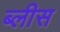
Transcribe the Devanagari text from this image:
ब्लीस